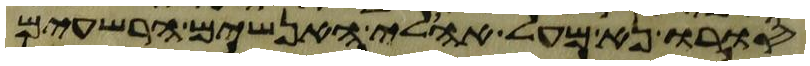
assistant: סורו נא מעל אהלי האנשים הרשעים